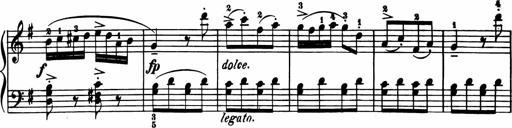
Title: 11 Sonatinas for Piano Solo
Composer: Anton Diabelli